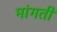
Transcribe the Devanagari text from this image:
मांगतीं